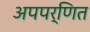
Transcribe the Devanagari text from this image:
अपपर्णित